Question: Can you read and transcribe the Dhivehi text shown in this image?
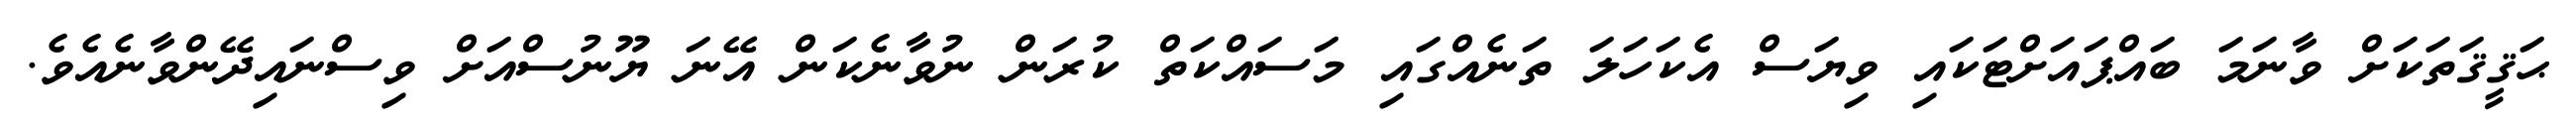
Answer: ޙަޤީޤަތަކަށް ވާނަމަ ބައްޕައަށްޓަކައި ވިޔަސް އެކަހަލަ ތަނެއްގައި މަސައްކަތް ކުރަން ނުވާނެކަން އޭނަ ޔޫނުސްއަށް ވިސްނައިދޭންވާނެއެވެ.